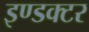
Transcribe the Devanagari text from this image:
इण्डक्टर